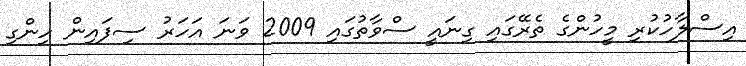
އިސްލާހުކުރި މީހުންގެ ތެރޭގައި ގިނައީ ސްވާތުގައި 2009 ވަނަ އަހަރު ސިފައިން ހިންގި